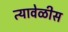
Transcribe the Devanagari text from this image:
त्यावेळीस